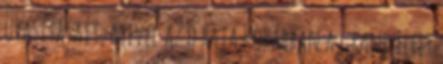
utasításait, mivel az ő raja korábban a Grand Fleet